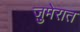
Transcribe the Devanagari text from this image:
ज़ुमेरात